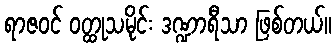
ရာဇဝင် ဝတ္ထုသမိုင်း ဒဏ္ဍာရီသာ ဖြစ်တယ်။